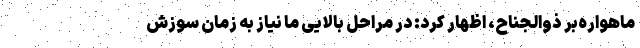
ماهواره‌بر ذوالجناح،‌ اظهار کرد: در مراحل بالایی ما نیاز به زمان سوزش